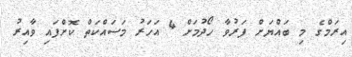
އިރަމްގެ މި ބައްޔަށް ފަރުވާ ހޯދުމަށް 4 އަހަރު މަސައްކަތް ކޮށްފައި ވާއިރު